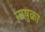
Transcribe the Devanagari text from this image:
नाषुक्रा